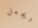
ويجعل